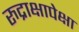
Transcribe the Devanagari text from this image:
रुद्राक्षापेक्षा